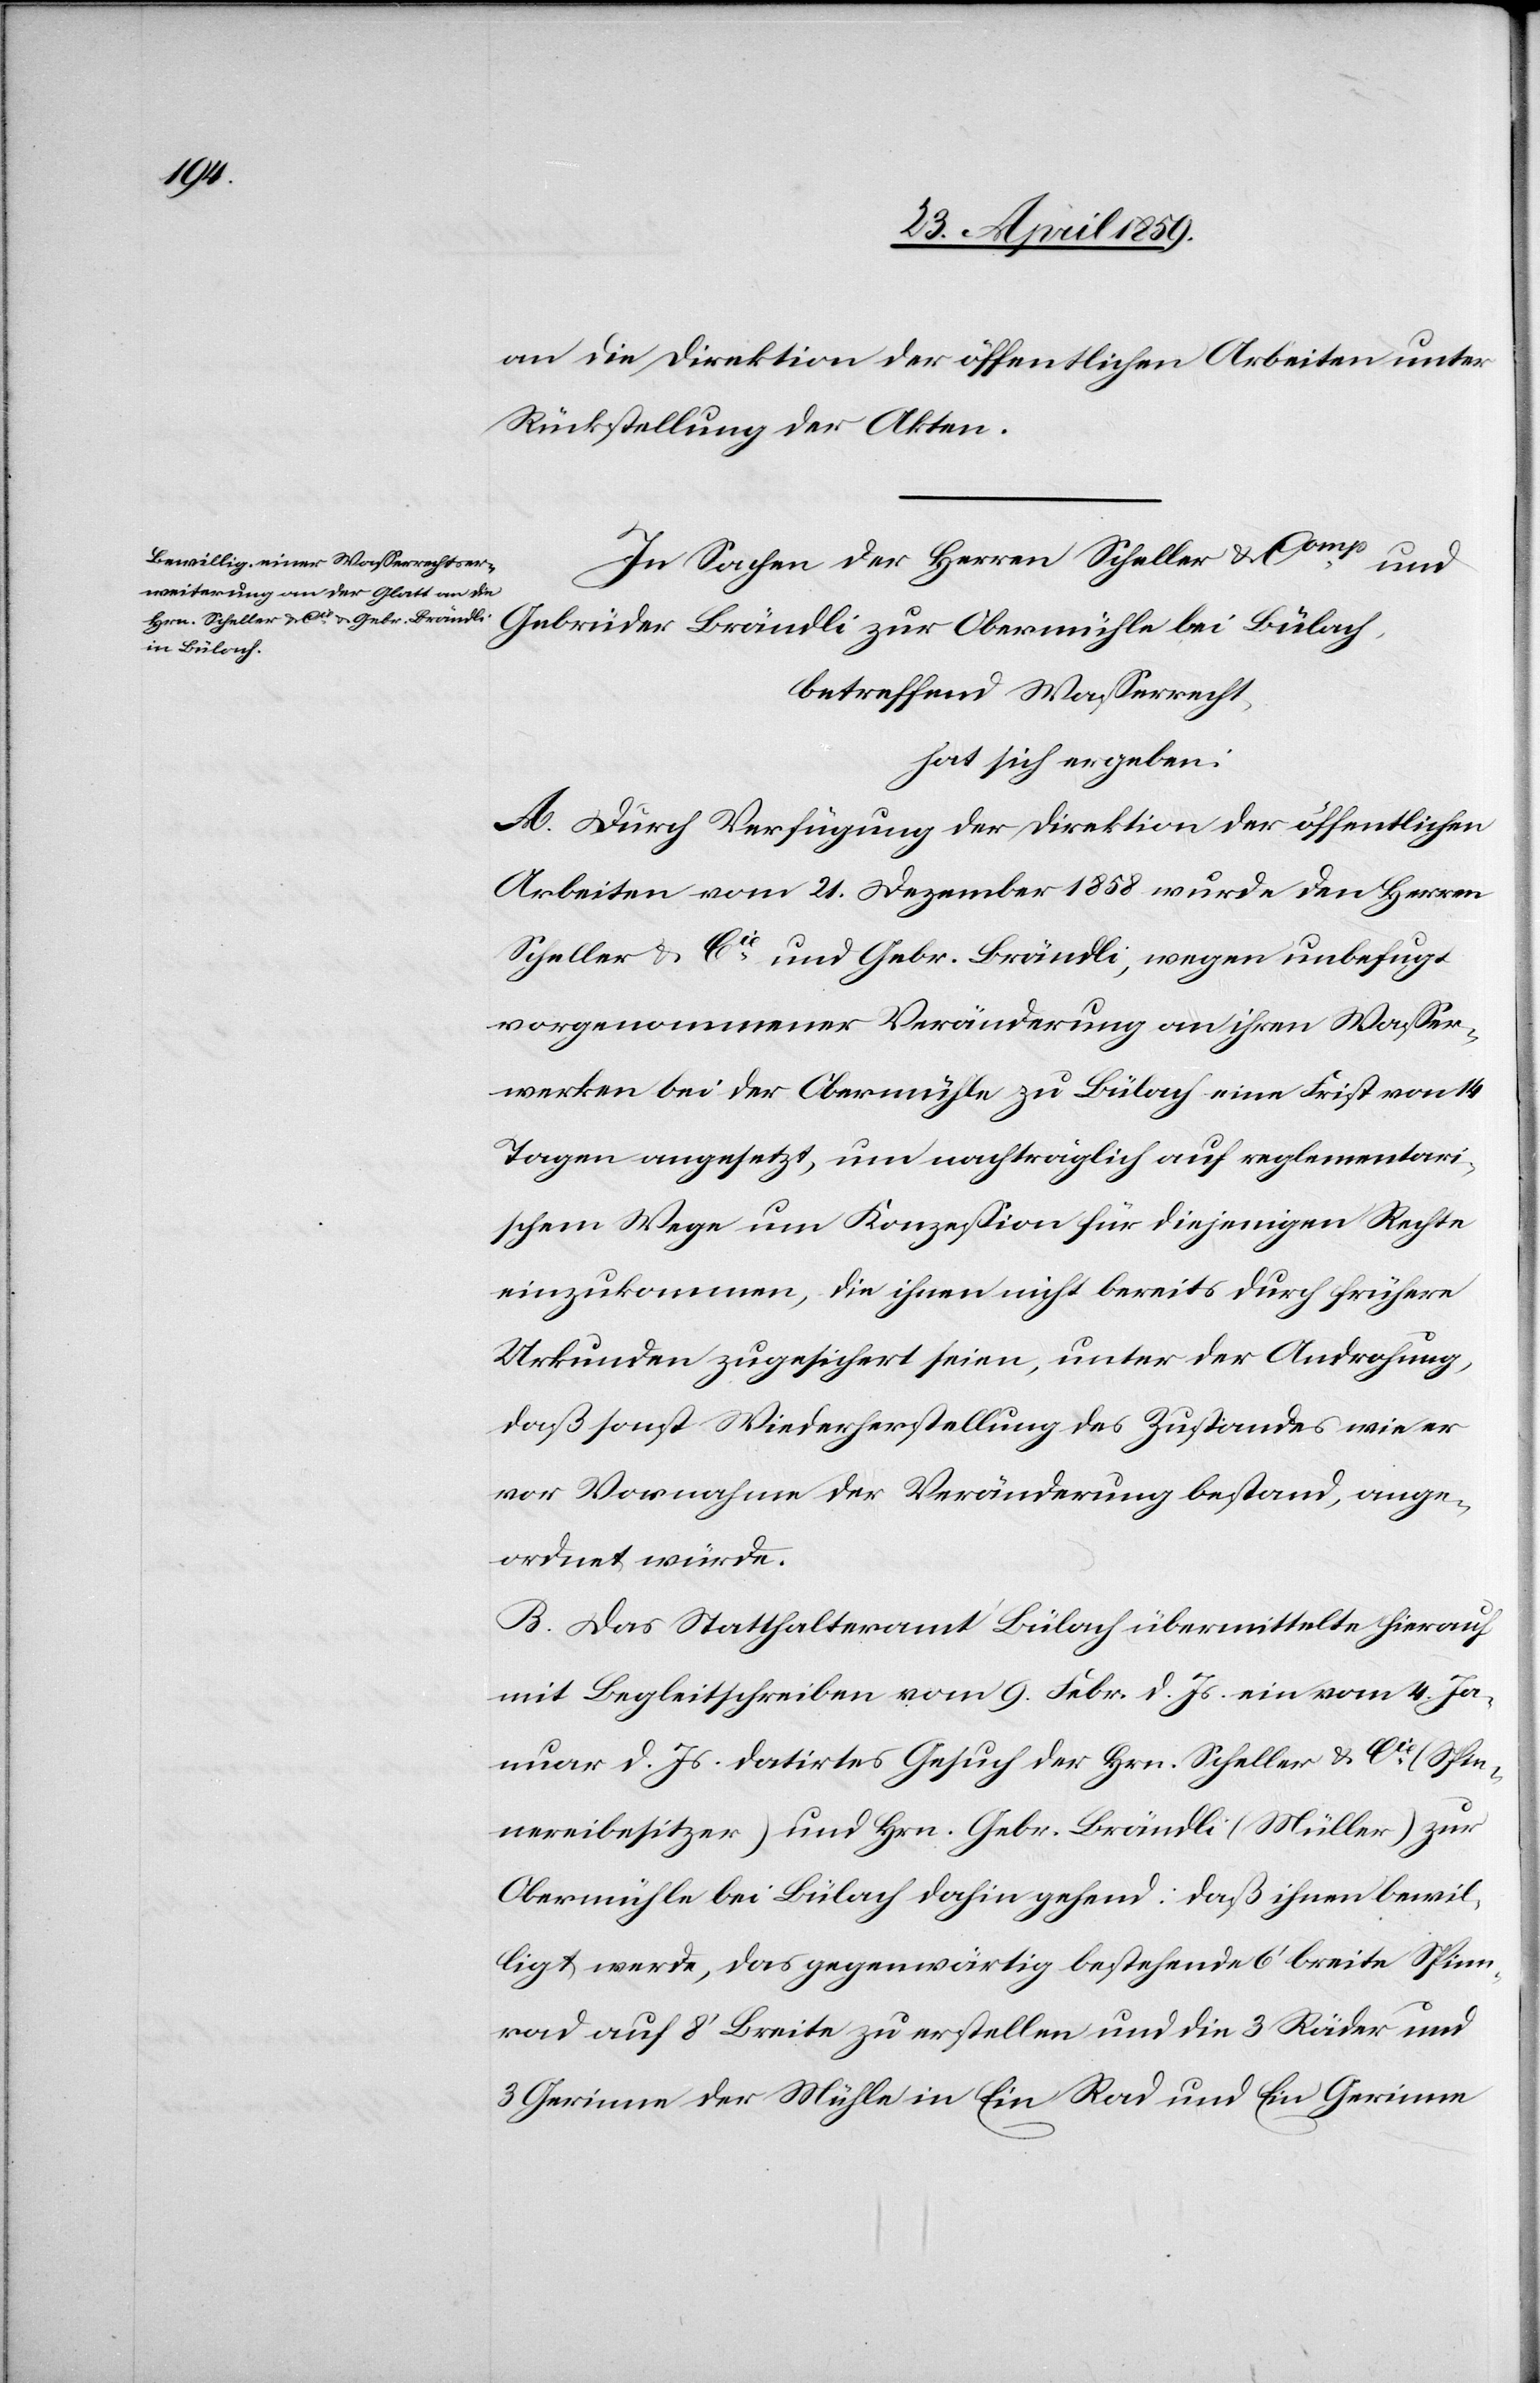
an die Direktion der öffentlichen Arbeiten unter
Rückstellung der Akten.
In Sachen der Herren Scheller & Comp und
Gebrüder Brändli zur Obermühle bei Bülach,
betreffend Waßerrecht,
hat sich ergeben:
A. Durch Verfügung der Direktion der öffentlichen
Arbeiten vom 21. Dezember 1858 wurde den Herren
Scheller & Cie und Gebr. Brändli, wegen unbefugt
vorgenommener Veränderung an ihren Waßer¬
werken bei der Obermühle zu Bülach eine Frist von 14
Tagen angesetzt, um nachträglich auf reglementari¬
schem Wege um Konzeßion für diejenigen Rechte
einzukommen, die ihnen nicht bereits durch frühere
Urkunden zugesichert seien, unter der Androhung,
daß sonst Wiederherstellung des Zustandes wie er
vor Vornahme der Veränderung bestand, ange¬
ordnet würde.
B. Das Statthalteramt Bülach übermittelte hierauf
mit Begleitschreiben vom 9. Febr. d. Js. ein vom 4. Ja¬
nuar d. Js. datirtes Gesuch der Hrn. Scheller & Cie (Spin¬
nereibesitzer) und Hrn. Gebr. Brändli (Müller) zur
Obermühle bei Bülach dahin gehend: daß ihnen bewil¬
ligt werde, das gegenwärtig bestehende 6‘ breite Spinn¬
rad auf 8‘ Breite zu erstellen und die 3 Räder und
3 Gerinne der Mühle in Ein Rad und Ein Gerinne